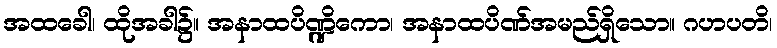
အထခေါ၊ ထိုအခါ၌။ အနာထပိဏ္ဍိကော၊ အနာထပိဏ်အမည်ရှိသော။ ဂဟပတိ၊